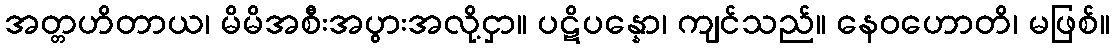
အတ္တဟိတာယ၊ မိမိအစီးအပွားအလို့ငှာ။ ပဋိပန္နော၊ ကျင်သည်။ နေဝဟောတိ၊ မဖြစ်။